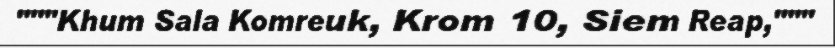
"""Khum Sala Komreuk, Krom 10, Siem Reap,"""